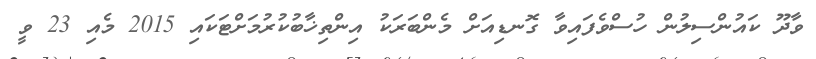
ވާދޫ ކައުންސިލުން ހުސްވެފައިވާ ގޮނޑިއަށް މެންބަރަކު އިންތިޚާބުކުރުމަށްޓަކައި 2015 މެއި 23 ވީ